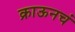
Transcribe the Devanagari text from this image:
क्राऊनचं